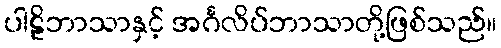
ပါဠိဘာသာနှင့် အင်္ဂလိပ်ဘာသာတို့ဖြစ်သည်။